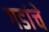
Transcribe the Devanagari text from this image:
गडांचे